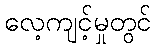
လေ့ကျင့်မှုတွင်